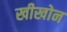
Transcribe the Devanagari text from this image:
खीखोन